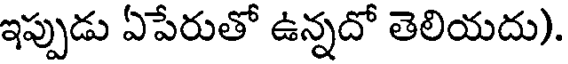
ఇప్పుడు ఏపేరుతో ఉన్నదో తెలియదు).